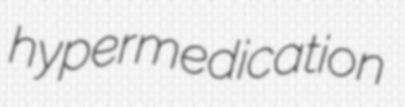
hypermedication